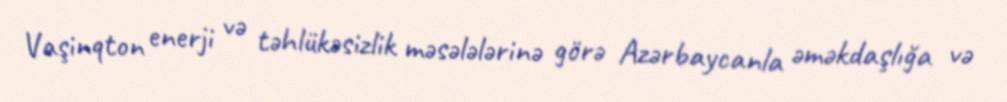
Vaşinqton enerji və təhlükəsizlik məsələlərinə görə Azərbaycanla əməkdaşlığa və